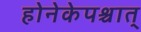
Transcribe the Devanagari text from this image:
होनेकेपश्चात्